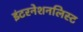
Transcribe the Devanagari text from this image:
इंटरनेशनलिस्ट